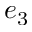
e _ { 3 }